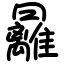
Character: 㒿